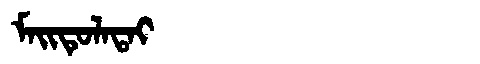
Manchu: ᠮᠠᡳᡨᡠᠯᠠᡨᠠᡳ
Romanization: MAITULATAI